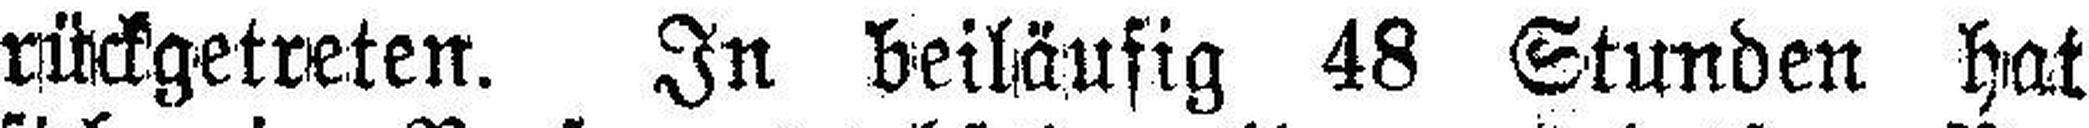
rückgetreten. In beiläufig 48 Stunden hat